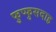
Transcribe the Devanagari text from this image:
फुप्फुसदाह